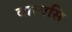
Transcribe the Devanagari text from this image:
वारयसि